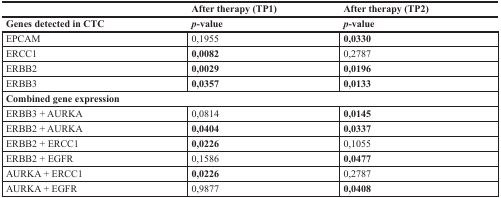
<table><thead><tr><td>[EMPTY_CELL]</td><td><b>After therapy (TP1)</b></td><td><b>After therapy (TP2)</b></td></tr><tr><td><b>Genes detected in CTC</b></td><td><b><i>p-</i>value</b></td><td><b><i>p-</i>value</b></td></tr></thead><tbody><tr><td>EPCAM</td><td>0,1955</td><td><b>0,0330</b></td></tr><tr><td>ERCC1</td><td><b>0,0082</b></td><td>0,2787</td></tr><tr><td>ERBB2</td><td><b>0,0029</b></td><td><b>0,0196</b></td></tr><tr><td>ERBB3</td><td><b>0,0357</b></td><td><b>0,0133</b></td></tr><tr><td colspan="3"><b>Combined gene expression</b></td></tr><tr><td>ERBB3 + AURKA</td><td>0,0814</td><td><b>0,0145</b></td></tr><tr><td>ERBB2 + AURKA</td><td><b>0,0404</b></td><td><b>0,0337</b></td></tr><tr><td>ERBB2 + ERCC1</td><td><b>0,0226</b></td><td>0,1055</td></tr><tr><td>ERBB2 + EGFR</td><td>0,1586</td><td><b>0,0477</b></td></tr><tr><td>AURKA + ERCC1</td><td><b>0,0226</b></td><td>0,2787</td></tr><tr><td>AURKA + EGFR</td><td>0,9877</td><td><b>0,0408</b></td></tr></tbody></table>